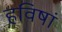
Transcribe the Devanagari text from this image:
हविषां